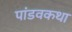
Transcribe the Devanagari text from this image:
पांडवकथा